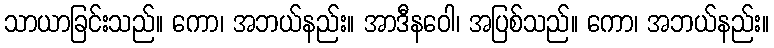
သာယာခြင်းသည်။ ကော၊ အဘယ်နည်း။ အာဒီနဝေါ၊ အပြစ်သည်။ ကော၊ အဘယ်နည်း။